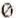
0